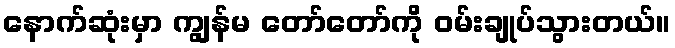
နောက်ဆုံးမှာ ကျွန်မ တော်တော်ကို ဝမ်းချုပ်သွားတယ်။